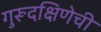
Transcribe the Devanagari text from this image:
गुरूदक्षिणेची